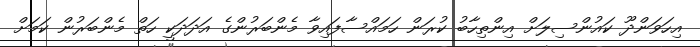
އިހަވަންދޫ ކައުންސިލަށް އިންތިހާބު ކުރަން ހަމައްސާފައިވާ މެންބަރުންގެ އަދަދަކީ ހަތް މެންބަރުން ކަމަށް